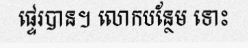
ផ្ទេរបាន។ លោកបន្ថែម ទោះ